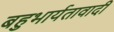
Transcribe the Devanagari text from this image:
बहुभार्यतावादी